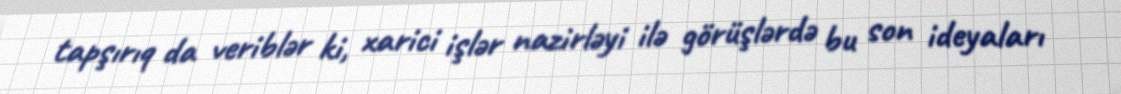
tapşırıq da veriblər ki, xarici işlər nazirləyi ilə görüşlərdə bu son ideyaları